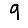
Digit: 9